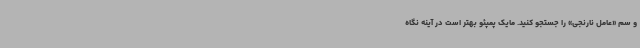
و سم «عامل نارنجی» را جستجو کنید. مایک پمپئو بهتر است در آینه نگاه